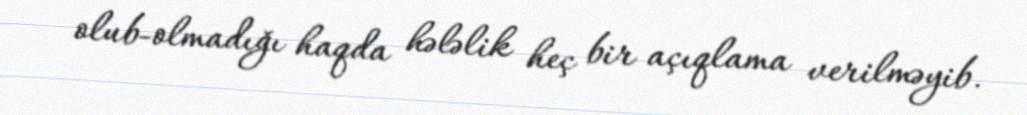
olub-olmadığı haqda hələlik heç bir açıqlama verilməyib.